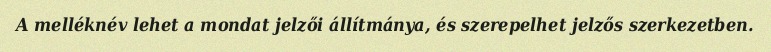
A melléknév lehet a mondat jelzői állítmánya, és szerepelhet jelzős szerkezetben.